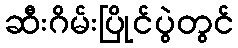
ဆီးဂိမ်းပြိုင်ပွဲတွင်